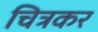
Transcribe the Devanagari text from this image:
चित्रकर